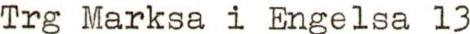
Trg Marksa i Engelsa l3